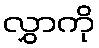
လွှာကို